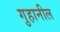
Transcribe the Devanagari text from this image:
गुहानील